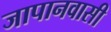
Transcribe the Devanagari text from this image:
जापानवासी